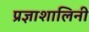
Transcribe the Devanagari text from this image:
प्रज्ञाशालिनी